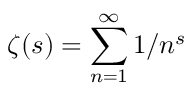
\zeta ( s ) = \sum _ { n = 1 } ^ { \infty } 1 / n ^ { s }